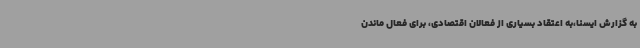
به گزارش ایسنا،به اعتقاد بسیاری از فعالان اقتصادی، برای فعال ماندن